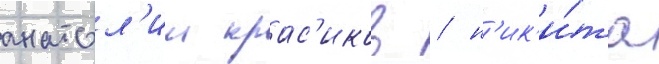
анатол'ии крас'иков / н'ик'и́та